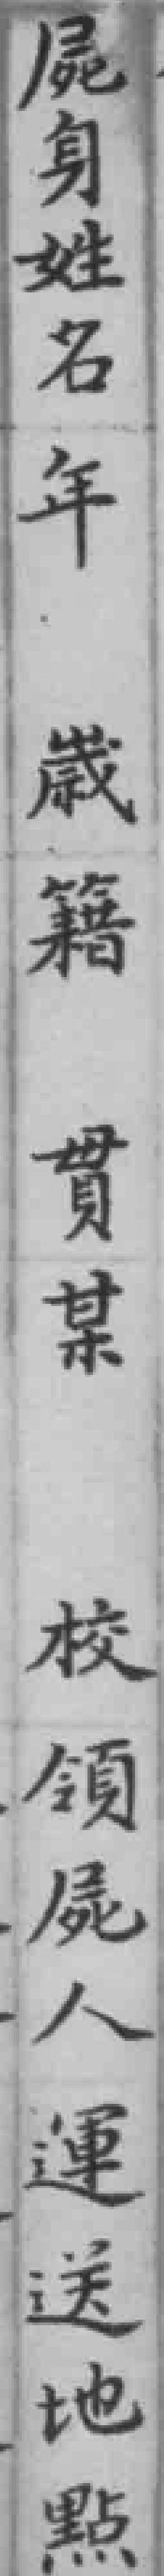
屍身姓名年𡻕籍貫某校領屍人運送地點